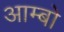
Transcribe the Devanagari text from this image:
आम्बो